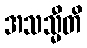
အသသ္မီတိ